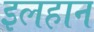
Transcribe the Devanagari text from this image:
इलहान